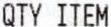
QTY ITEM